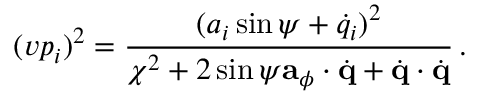
( v p _ { i } ) ^ { 2 } = \frac { ( a _ { i } \sin \psi + \dot { q } _ { i } ) ^ { 2 } } { \chi ^ { 2 } + 2 \sin \psi { \bf a } _ { \phi } \cdot \dot { \bf q } + \dot { \bf q } \cdot \dot { \bf q } } \, .